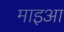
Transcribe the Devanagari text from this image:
माइआ